Annual report of the Punjab Veterinary College and of the Civil Veterinary Department, Punjab - 1909-1919
Year: 1909
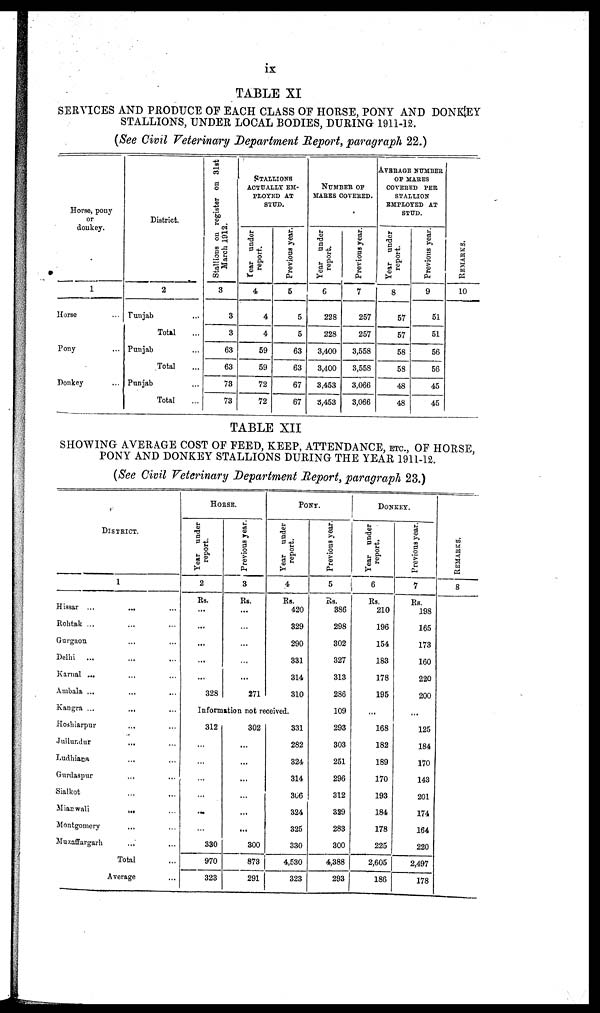
ix
TABLE XI
SERVICES AND PRODUCE OF EACH CLASS OF HORSE, PONY AND DONKEY
STALLIONS, UNDER LOCAL BODIES, DURING 1911-12.
(See Civil Veterinary Department Report, paragraph 22.)
Horse, pony
or
donkey.
1
Horse ...
Pony ...
Donkey ...
District.
2
Punjab ...
Total ...
Punjab ...
Total ...
Punjab ...
Total ...
Stallions on register on 31st
March 1912.
3
3
3
63
63
73
73
STALLIONS
ACTUALLY EM-
PLOYED AT
STUD.
Year under
report.
4
4
4
59
59
72
72
Previous year.
5
5
5
63
63
67
67
NUMBER OF
MARES COVERED.
Year under
report.
6
228
228
3,400
3,400
3,453
55,453
Previous year.
7
257
257
3,558
3,558
3,066
3,066
AVERAGE NUMBER
OF MARES
COVERED PER
STALLION
EMPLOYED AT
STUD.
Year under
report.
8
57
57
58
58
48
48
Previous year.
9
51
51
56
56
45
45
RE MARKS .
10
TABLE XII
SHOWING AVERAGE COST OF FEED, KEEP, ATTENDANCE, ETC., OF HORSE,
PONY AND DONKEY STALLIONS DURING THE YEAR 1911-12.
(See Civil Veterinary Department Report, paragraph 23.)
DISTRICT.
1
Hissar ...
... ...
Rohtak ... ... ...
Gurgaon ... ...
Delhi ... ... ...
Karnal ... ... ...
Ambala ... ... ...
Kangra ... ... ...
Hoshiarpur ... ...
Jullundur ... ...
Ludhiana ... ...
Gurdaspur ... ...
Sialkot ... ...
Mianwali
...
...
Montgomery ... ...
Muzaffargarh ... ...
Total
Average
HORSE.
Year under
report.
2
Rs.
...
...
...
...
...
328
Previous year.
3
Rs.
...
...
...
...
...
271
PONT.
Year under
report.
4
Rs.
420
329
290
331
314
310
Information not received.
312
...
...
...
...
...
...
330
970
323
302
...
...
...
...
...
...
300
873
291
331
282
324
314
306
324
325
330
4,530
323
Previous year.
5
Rs.
386
298
302
327
313
286
109
293
303
251
296
312
329
283
300
4,388
293
DONKEY.
Year under
report.
6
Rs.
210
196
154
183
178
195
...
168
182
189
170
193
184
178
225
2,605
186
Previous year.
7
Rs.
198
165
173
160
220
200
...
125
184
170
143
201
174
164
220
2,497
178
RE MARKS .
8